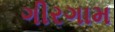
ગીરગામ